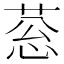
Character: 䓗